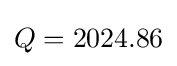
Q=2024.86